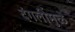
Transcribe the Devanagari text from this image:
दंगलींमुळे